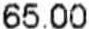
65.00